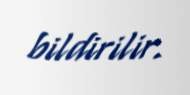
bildirilir.